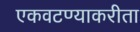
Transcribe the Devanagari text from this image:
एकवटण्याकरीता